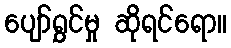
ပျော်ရွှင်မှု ဆိုရင်ရော။